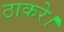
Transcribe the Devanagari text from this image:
ठाकरे।